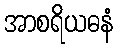
အာစရိယဓနံ